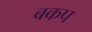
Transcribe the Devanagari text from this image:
बकप